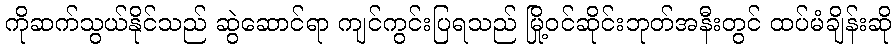
ကိုဆက်သွယ်နိုင်သည် ဆွဲဆောင်ရာ ကျင်ကွင်းပြရသည် မြို့ဝင်ဆိုင်းဘုတ်အနီးတွင် ထပ်မံချိန်းဆို